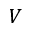
V